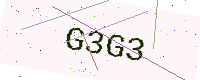
Text: G3G3